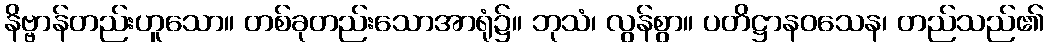
နိဗ္ဗာန်တည်းဟူသော။ တစ်ခုတည်းသောအာရုံ၌။ ဘုသံ၊ လွန်စွာ။ ပတိဋ္ဌာနဝသေန၊ တည်သည်၏